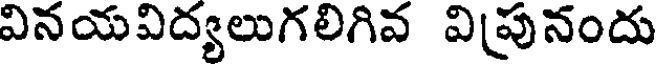
వినయవిద్యలుగలిగివ విపునందు